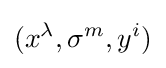
(x^{\lambda },\sigma ^{m},y^{i})